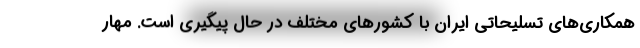
همکاری‌های تسلیحاتی ایران با کشورهای مختلف در حال پیگیری است. مهار